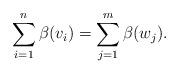
LaTeX: \begin{align*}\sum_{i=1}^n \beta(v_i)= \sum_{j=1}^m \beta(w_j). \end{align*}